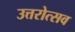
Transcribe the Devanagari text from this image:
उत्तरोत्सव